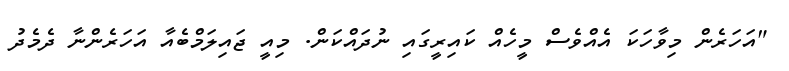
"އަހަރެން މިވާހަކަ އެއްވެސް މީހެއް ކައިރީގައި ނުދައްކަން. މިއީ ޖައިލަމްބެއާ އަހަރެންނާ ދެމެދު